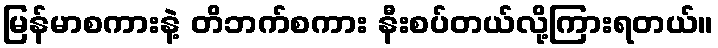
မြန်မာစကားနဲ့ တိဘက်စကား နီးစပ်တယ်လို့ကြားရတယ်။